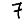
Digit: 7